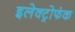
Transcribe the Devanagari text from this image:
इलेक्ट्रोफंक